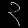
Digit: ၃